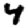
Digit: 4